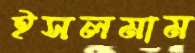
ইসলমাম